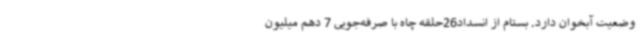
وضعیت آبخوان دارد. بستام از انسداد26حلقه چاه با صرفه‌جویی 7 دهم میلیون